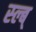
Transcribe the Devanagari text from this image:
स्ल्ब्